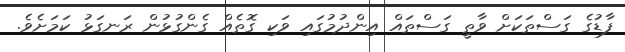
ފާޑުގެ ގަސްތަކަށް ވާތީ ގަސްތައް އިންދުމުގައި ވަކި ގޮތެއް ގެންގުޅުން ރަނގަޅު ކަމަށެވެ.